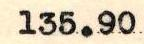
135.90